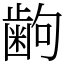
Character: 𫠚